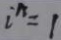
i ^ { n } = 1